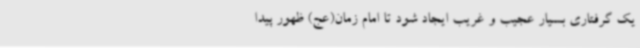
یک گرفتاری بسیار عجیب و غریب ایجاد شود تا امام زمان(عج) ظهور پیدا